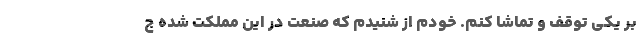
بر یکی توقف و تماشا کنم. خودم از شنیدم که صنعت در این مملکت شده ج